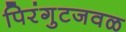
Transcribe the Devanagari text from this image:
पिरंगुटजवळ